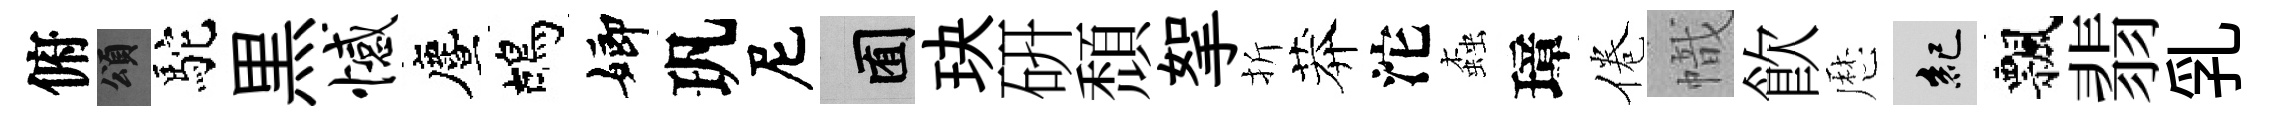
俯頌駝黒憾󵨌鴣嫏㺬尼囿玦硏頹挐折莽沱螙璋倦幟飮厯紀飄翡乳